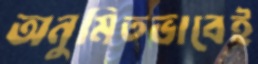
অনুমিতভাবেই